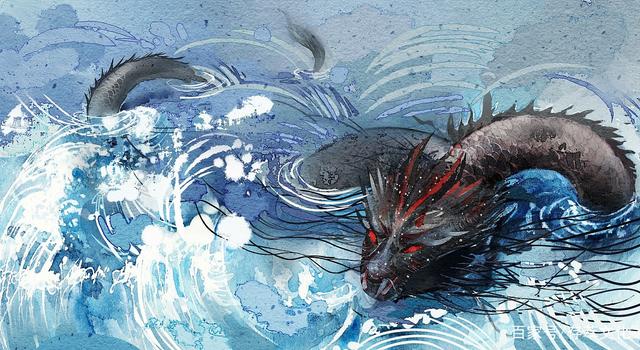
精卫衔微木，将以填沧海。